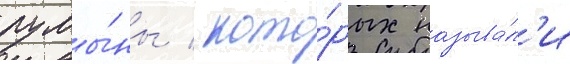
румы́ны / кото́рых называ́л'и